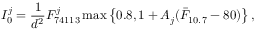
I _ { 0 } ^ { j } = \frac { 1 } { d ^ { 2 } } F _ { 7 4 1 1 3 } ^ { j } \operatorname* { m a x } \left\lbrace 0 . 8 , 1 + A _ { j } ( \bar { F } _ { 1 0 . 7 } - 8 0 ) \right\rbrace ,